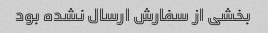
بخشی از سفارش ارسال نشده بود